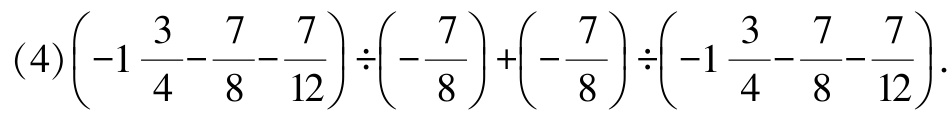
\((4)\left(-1\frac{3}{4}-\frac{7}{8}-\frac{7}{12}\right)\div\left(-\frac{7}{8}\right)+\left(-\frac{7}{8}\right)\div\left(-1\frac{3}{4}-\frac{7}{8}-\frac{7}{12}\right)\)